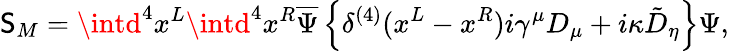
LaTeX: \mathsf{S}_{M}=\intd^{4}x^{L}\intd^{4}x^{R}\overline{{{{\Psi}}}}\left\{ \delta^{(4)}(x^{L}-x^{R})i\gamma^{\mu}D_{\mu}+i\kappa\tilde{{D}}_{\eta}\right\} \Psi,